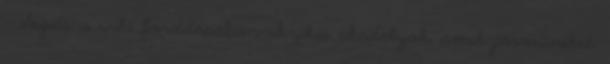
— Segíts a wiki fordításában Fizikai akadályok, amik járműveket,